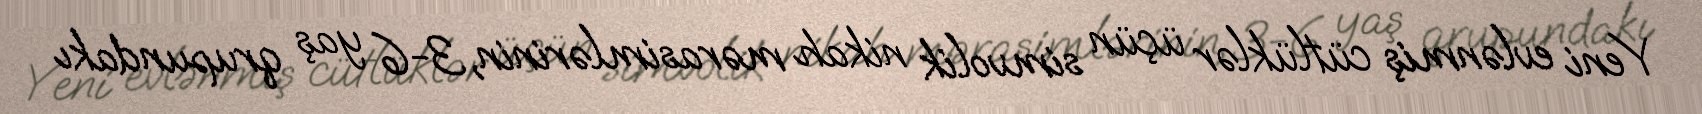
Yeni evlənmiş cütlüklər üçün simvolik nikah mərasimlərinin, 3-6 yaş qrupundakı